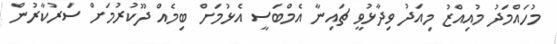
މުހައްމަދު މުއިއްޒު މިއަދު ވިދާޅުވީ ޗައިނާ އެމްބަސީ އެޅުމަށް ބިމެއް ދޫކުރުމަށް ސަރުކާރުން